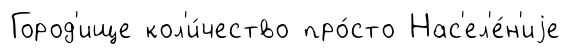
Город'ище кол'и́чество про́сто Нас'ел'е́н'иjе